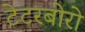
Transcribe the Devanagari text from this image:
टेटरबोरो